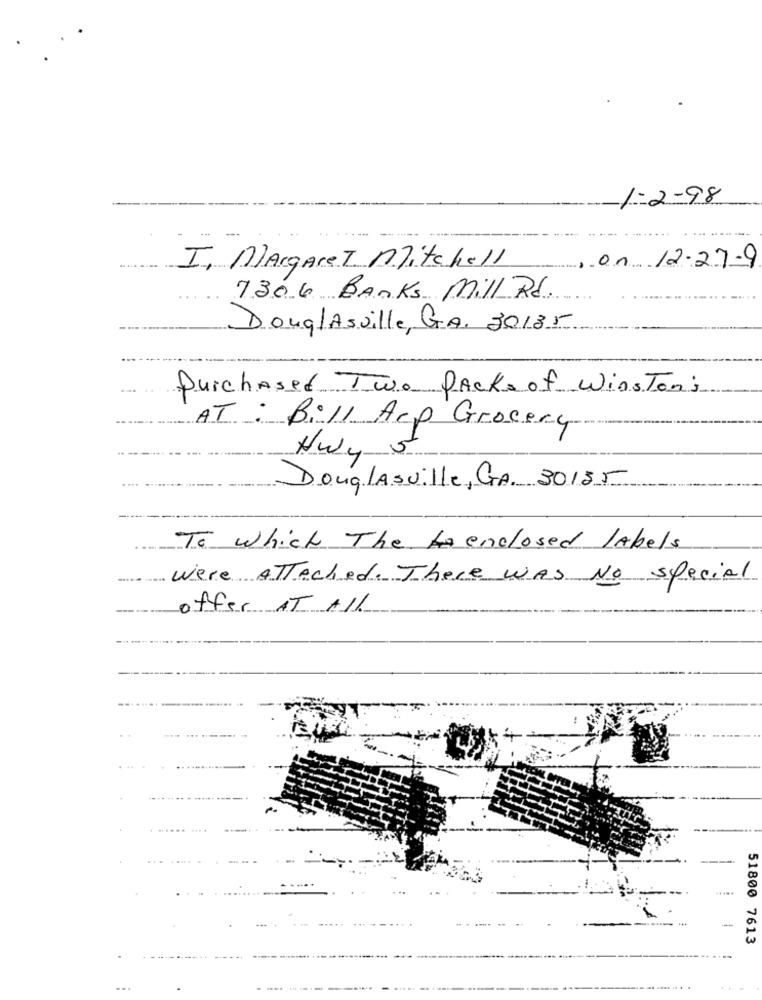
1-2-98
I, Margaret Mitchell
,on 12-27-9
7306 Banks Mill Rd.
Douglasville, GA. 20185
Purchased Two Packs of Winston;
AT: Bill Acp Grocery
Nwy 5
Douglasville, GA. 30185
To which The Aenclosed labels
Were Attached. There was No special
----
offer AT All
51800 7613